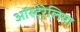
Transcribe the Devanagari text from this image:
ऑस्टे्रेलिया